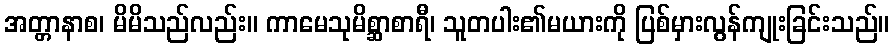
အတ္တာနာစ၊ မိမိသည်လည်း။ ကာမေသုမိစ္ဆာစာရီ၊ သူတပါး၏မယားကို ပြစ်မှားလွန်ကျုးခြင်းသည်။